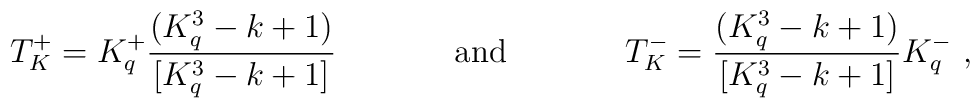
T^+_K=K^+_q\frac{(K^3_q-k+1)}{[K^3_q-k+1]}\hspace{1.5cm}{\rm and}\hspace{1.5cm}T^-_K=\frac{(K^3_q-k+1)}{[K^3_q-k+1]}K^-_q\ ,